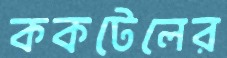
ককটেলের